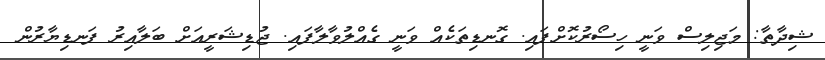
ޝިދާތާ: މަޖިލިސް ވަނީ ހިސޯރުކޮށްފައި. ގޮނޑިތަކެއް ވަނީ ގެއްލުވާލާފައި. ޖުޑިޝަރީއަށް ބަލާއިރު ފަނޑިޔާރުން